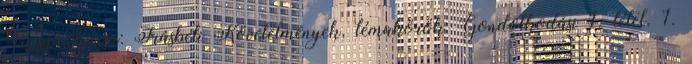
Vizsga típusa: Írásbeli Követelmények, témakörök: Gondolkodási 1. tétel. 1.